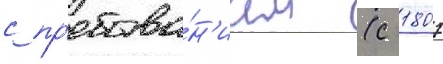
с пр'ебыва́н'ием (с 1807